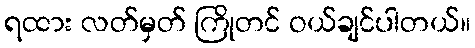
ရထား လတ်မှတ် ကြိုတင် ဝယ်ချင်ပါတယ်။